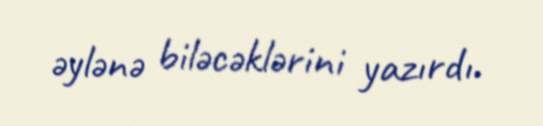
əylənə biləcəklərini yazırdı.